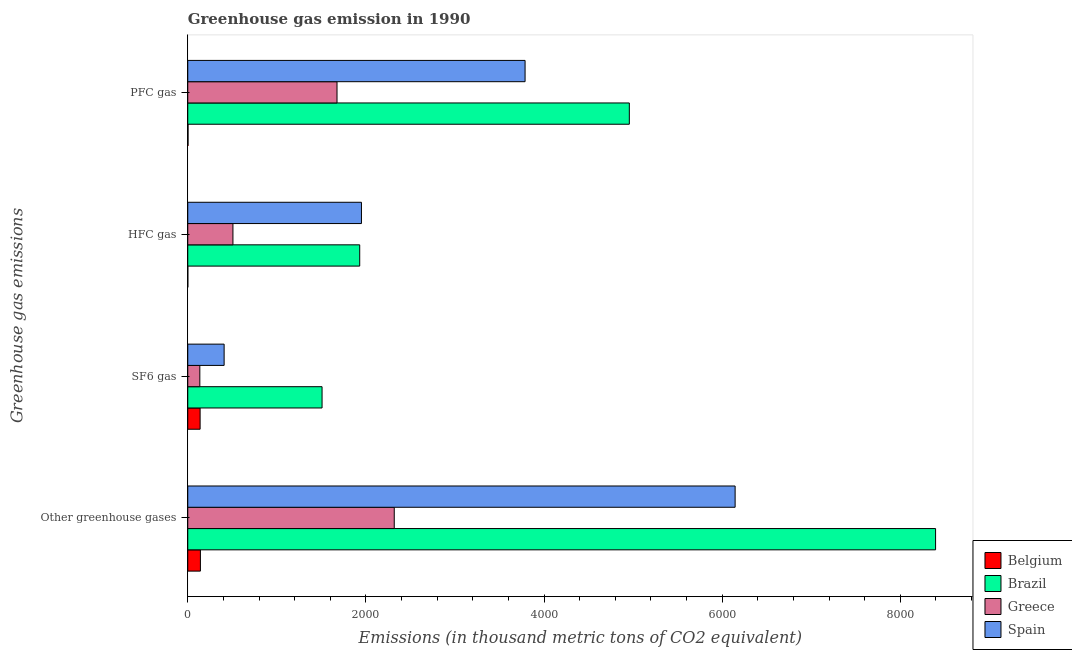
| Greenhouse gas emissions | Belgium | Brazil | Greece | Spain |
 | --- | --- | --- | --- | --- |
 | Other greenhouse gases | 142 | 8.4e+03 | 2.32e+03 | 6.15e+03 |
 | SF6 gas | 138 | 1.51e+03 | 135 | 408 |
 | HFC gas | 0.5 | 1.93e+03 | 507 | 1.95e+03 |
 | PFC gas | 2.9 | 4.96e+03 | 1.68e+03 | 3.79e+03 |